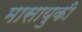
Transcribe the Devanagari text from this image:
मासायुकी